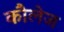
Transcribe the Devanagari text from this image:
कौलेज